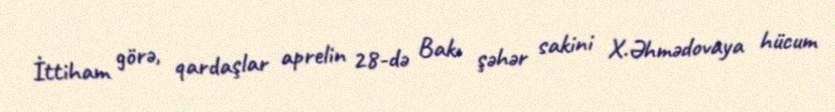
İttiham görə, qardaşlar aprelin 28-də Bakı şəhər sakini X.Əhmədovaya hücum